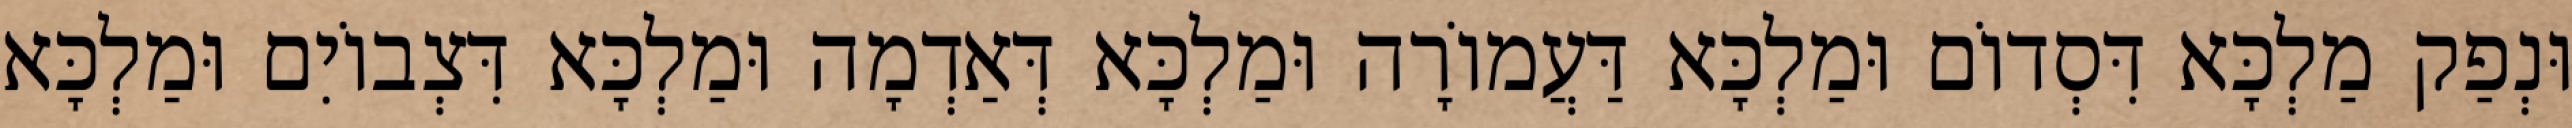
וּנְפַק מַלְכָּא דִּסְדוֹם וּמַלְכָּא דַּעֲמוֹרָה וּמַלְכָּא דְּאַדְמָה וּמַלְכָּא דִּצְבוֹיִם וּמַלְכָּא